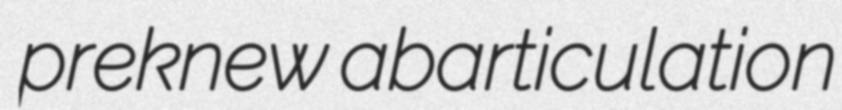
preknew abarticulation